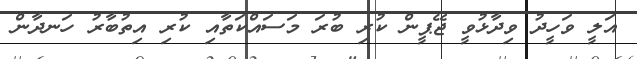
އަލީ ވަހީދު ވިދާޅުވީ ޖޭޕީން ކުރި ބުރަ މަސައްކަތާއި ކުރި އިތުބާރު ހަނދާން